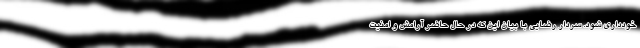
خودداری شود. سردار رضایی با بیان این که در حال حاضر آرامش و امنیت